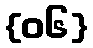
{၀၆}